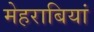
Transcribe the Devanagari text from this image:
मेहराबियां